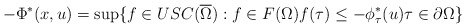
\begin{align*}-\Phi^*(x,u) = {\sup}\{ f\in USC(\overline{\Omega}) : f\in F(\Omega) f(\tau) \le - {\phi^*_\tau}(u) \tau\in \partial \Omega \}\end{align*}